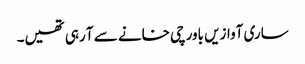
ساری آوازیں باورچی خانے سے آ رہی تھیں۔